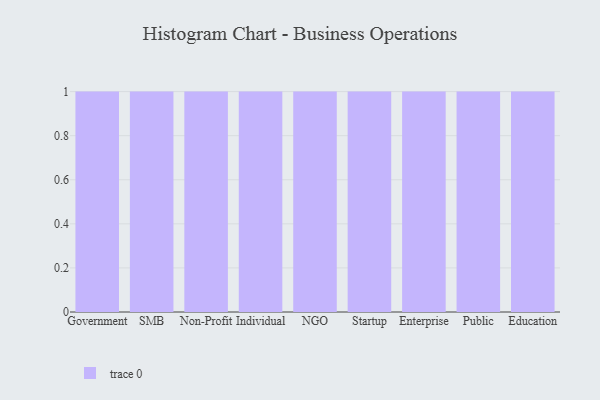
{"axis": {"x": "Segment", "y": "Conversion Rate (%)"}, "legend": [""], "data": [{"x": "Government", "y": 92, "type": ""}, {"x": "SMB", "y": 42, "type": ""}, {"x": "Non-Profit", "y": 69, "type": ""}, {"x": "Individual", "y": 56, "type": ""}, {"x": "NGO", "y": 77, "type": ""}, {"x": "Startup", "y": 37, "type": ""}, {"x": "Enterprise", "y": 8, "type": ""}, {"x": "Public", "y": 13, "type": ""}, {"x": "Education", "y": 42, "type": ""}]}